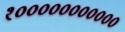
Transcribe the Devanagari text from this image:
१०००००००००००